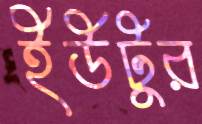
ইউটুর